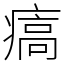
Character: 㾸